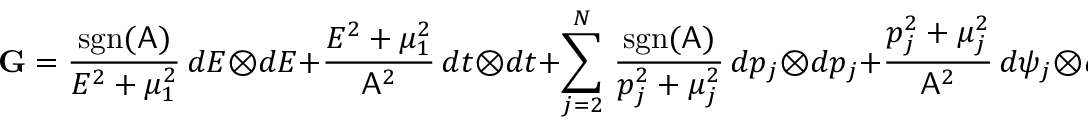
\mathbf { G } = \frac { \mathrm { s g n } ( \mathsf { A } ) } { E ^ { 2 } + \mu _ { 1 } ^ { 2 } } \, d E \otimes d E + \frac { E ^ { 2 } + \mu _ { 1 } ^ { 2 } } { \mathsf { A } ^ { 2 } } \, d t \otimes d t + \sum _ { j = 2 } ^ { N } \, \frac { \mathrm { s g n } ( \mathsf { A } ) } { p _ { j } ^ { 2 } + \mu _ { j } ^ { 2 } } \, d p _ { j } \otimes d p _ { j } + \frac { p _ { j } ^ { 2 } + \mu _ { j } ^ { 2 } } { \mathsf { A } ^ { 2 } } \, d \psi _ { j } \otimes d \psi _ { j } \, .